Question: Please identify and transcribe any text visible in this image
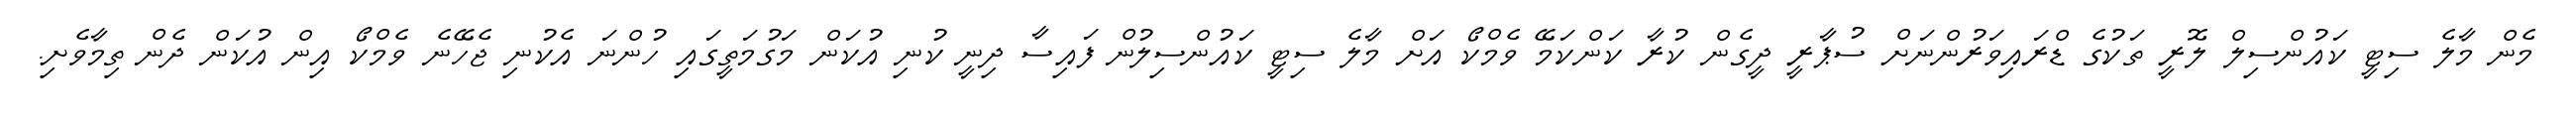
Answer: މެން މާލެ ސިޓީ ކައުންސިލް ލޮރީ ތަކުގެ ޑްރައިވަރުންނަށް ސުޕާރީ ދީގެން ކުރާ ކަންކަމޭ ވެމްކޯ އަށް މާލެ ސިޓީ ކައުންސިލުން ފައިސާ ދިނީ ކުނި އުކަން މަގުމަތީގައި ހުންނަ އެކުނި ޖެހޭނެ ވެމްކޯ އިން އުކަން ދެން ތިމާވެށި.